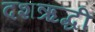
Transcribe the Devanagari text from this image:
दशऋद्धी